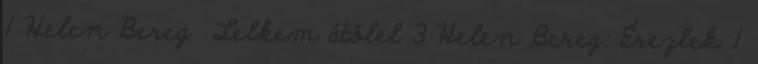
1 Helen Bereg Lelkem átölel 3 Helen Bereg: Érezlek 1